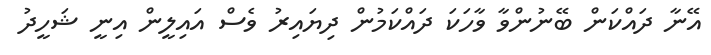
އޭނާ ދައްކަން ބޭނުންވާ ވާހަކަ ދައްކަމުން ދިޔައިރު ވެސް އައިލީން އިނީ ޝަހީދު